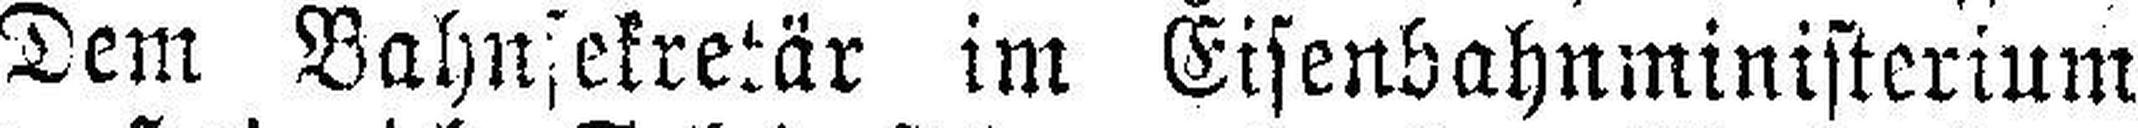
Dem Bahnsekretär im Eisenbahnministerium